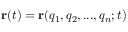
\mathbf { r } ( t ) = \mathbf { r } ( q _ { 1 } , q _ { 2 } , . . . , q _ { n } ; t )